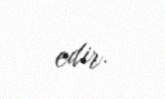
edir.